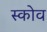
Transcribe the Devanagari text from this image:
स्‍कोव